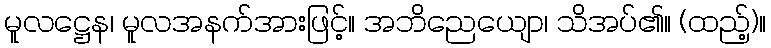
မူလဋ္ဌေန၊ မူလအနက်အားဖြင့်။ အဘိညေယျော၊ သိအပ်၏။ (ထည့်)။